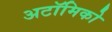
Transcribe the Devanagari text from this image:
अटॉमिको